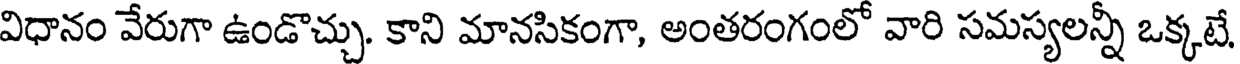
విధానం వేరుగా ఉండొచ్చు. కాని మానసికంగా, అంతరంగంలో వారి సమస్యలన్ని ఒక్కటే